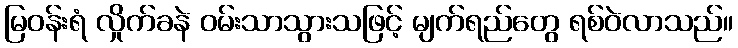
မြဝန်းရံ လှိုက်ခနဲ ဝမ်းသာသွားသဖြင့် မျက်ရည်တွေ ရစ်ဝဲလာသည်။